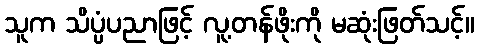
သူက သိပ္ပံပညာဖြင့် လူ့တန်ဖိုးကို မဆုံးဖြတ်သင့်။